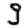
Digit: 9